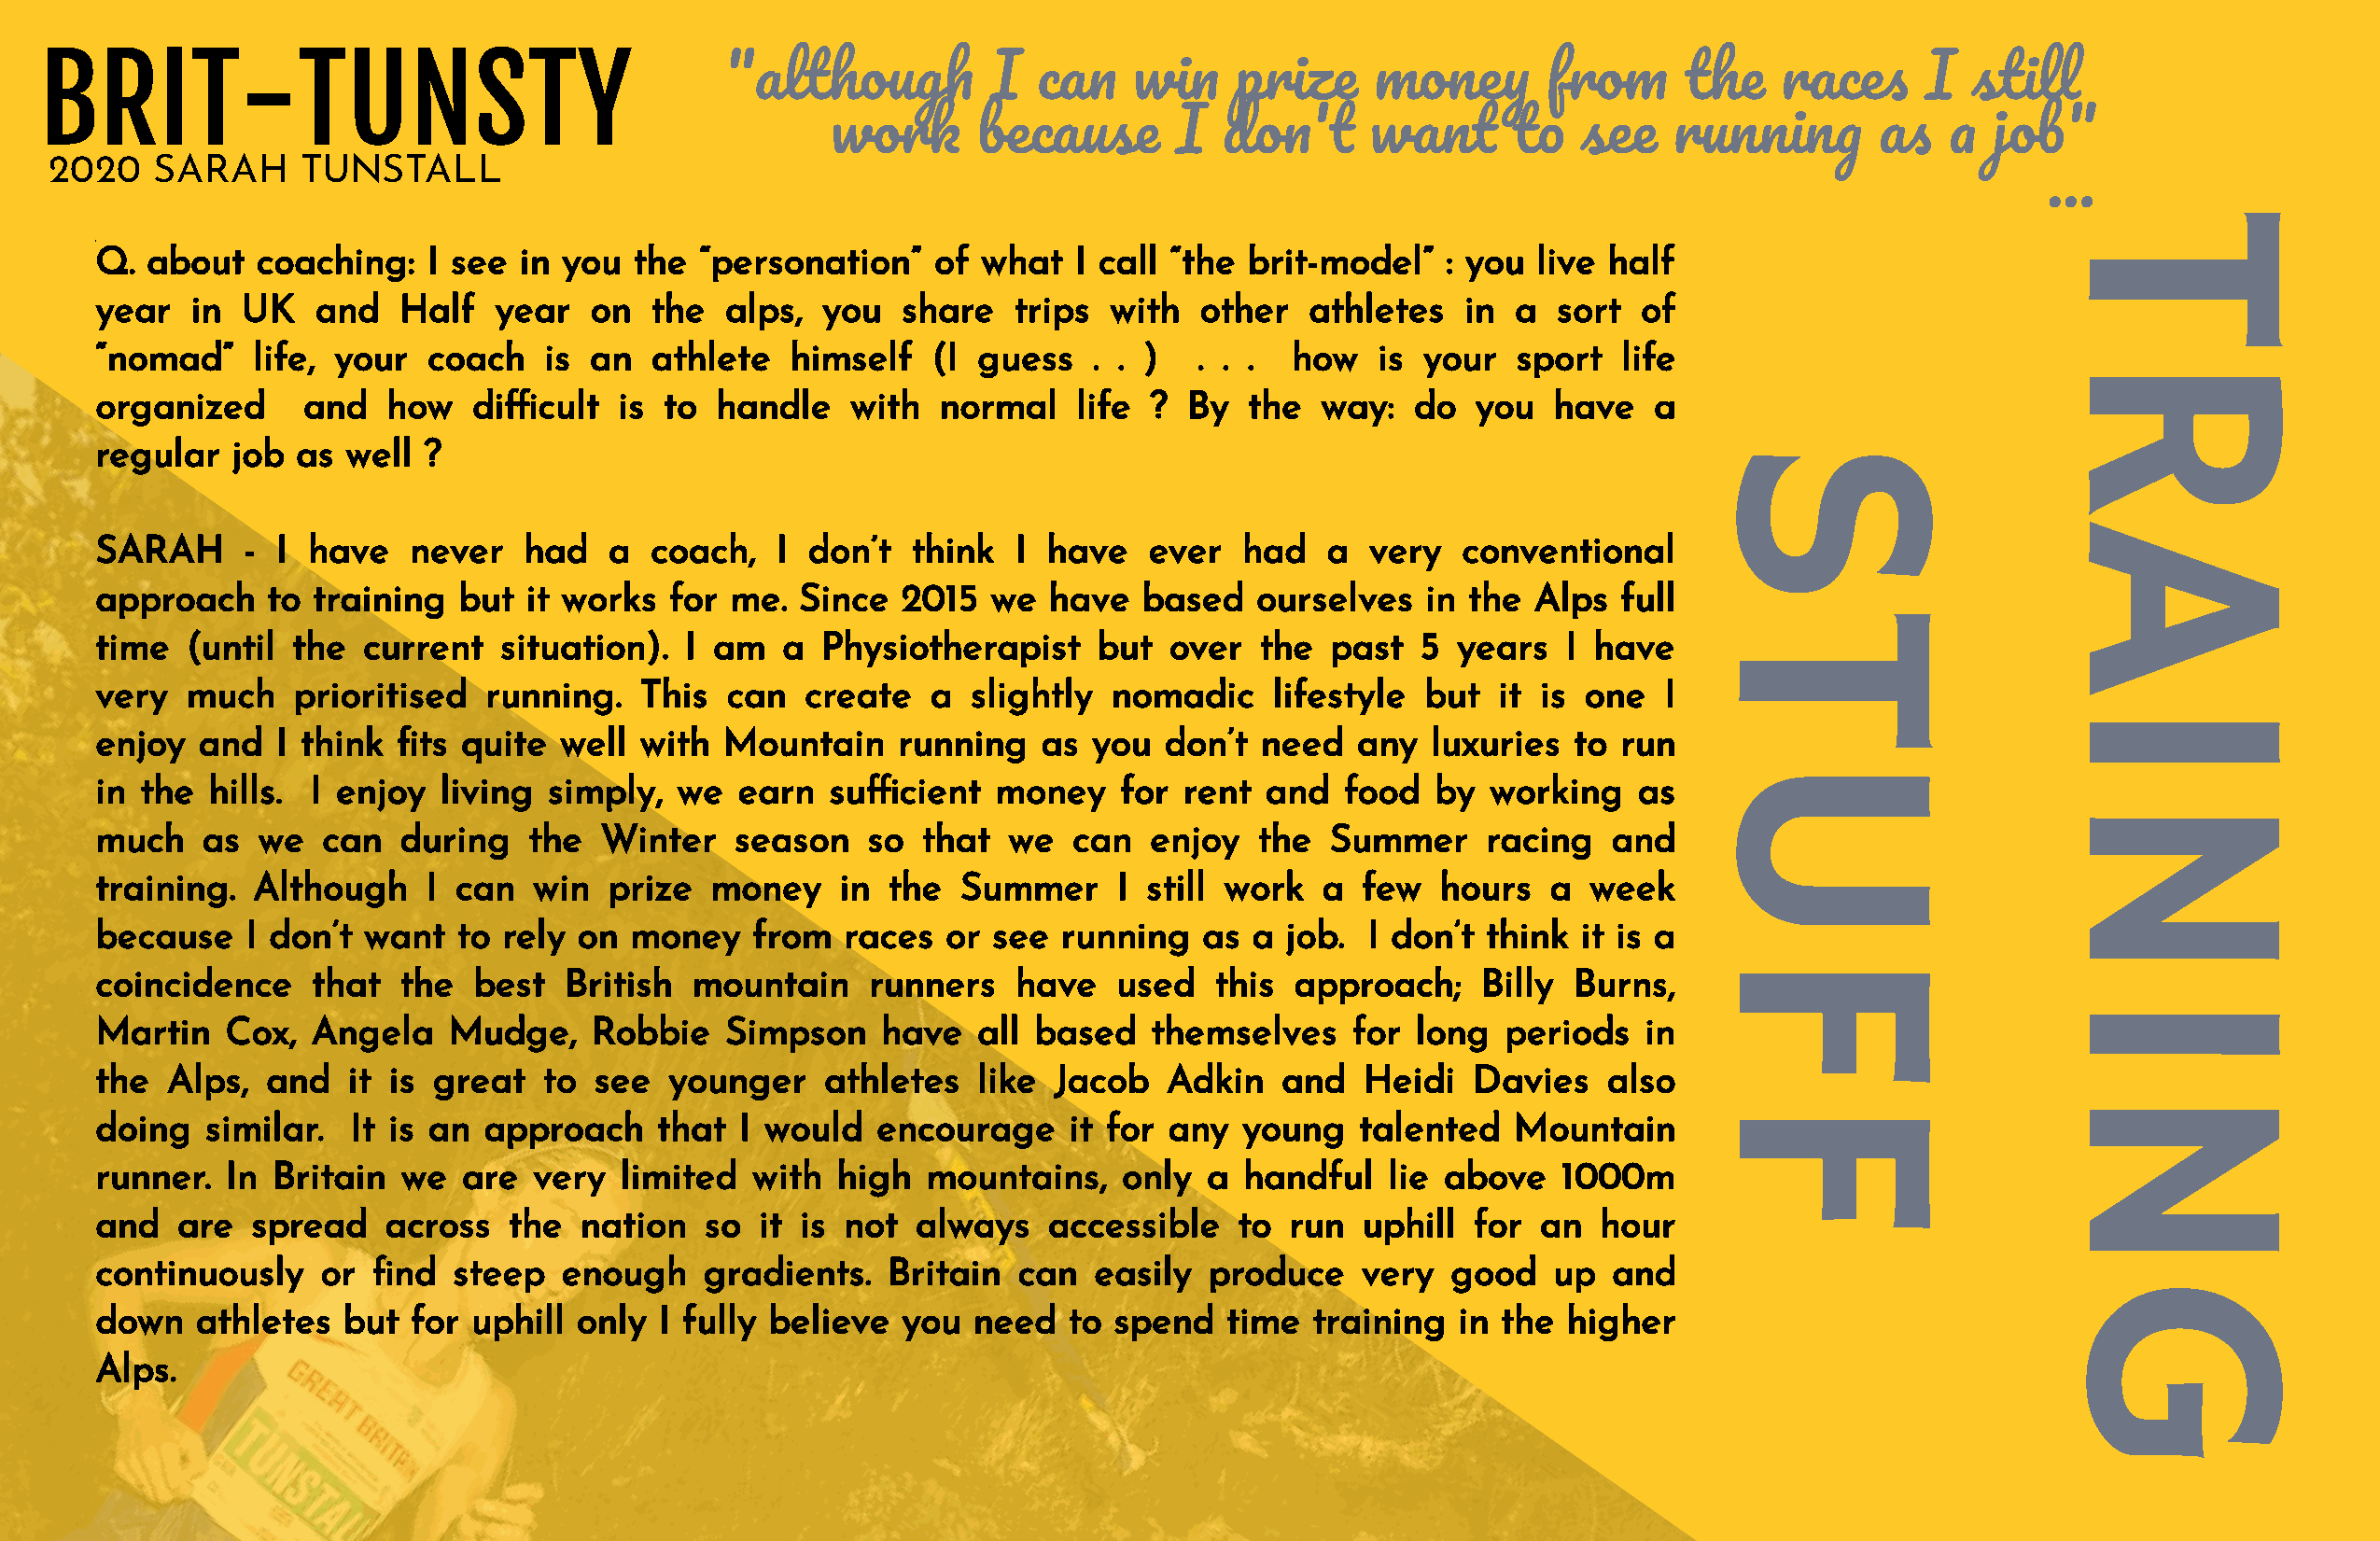
BRIT-TUNSTY
 "althoug          I   ca   wi     priz    mone        fro     th    race      I  stil
 wor      becaus       I   do'     wan      t   se    runnin       a     jo"
 2020    SARAH     TUNSTALL
 ...
 T
 Q. about   coaching:   I see  in you  the  “personation”   of  what  I call “the brit-model”    : you live half
 year  in  UK   and   Half   year   on  the  alps,  you   share   trips  with  other   athletes   in a  sort  of
 “nomad”    life, your  coach    is an  athlete   himself   (I guess   . . )   . . .  how   is your   sport  life
 R
 organized     and   how   dicult    is to  handle   with   normal   life  ? By  the   way:  do   you  have   a
 regular  job  as well  ?                                                                                     S
 A
 SARAH     -  I have   never   had   a  coach,   I don’t   think  I have   ever   had   a  very   conventional
 approach    to training  but  it works  for  me.  Since  2015  we  have   based   ourselves   in the  Alps  full
 T
 time  (until  the  current  situation).   I am  a  Physiotherapist     but  over  the  past   5 years   I have
 very  much    prioritised  running.   This  can   create   a  slightly  nomadic    lifestyle  but  it is one   I
 I
 enjoy  and   I think ts  quite  well with  Mountain     running   as you   don’t need   any  luxuries   to run
 U
 in the  hills. I enjoy  living  simply,  we  earn   sucient    money   for  rent  and  food   by  working   as
 N
 much   as  we   can  during   the   Winter   season   so  that  we   can   enjoy  the  Summer     racing   and
 training.  Although    I can   win  prize  money     in the  Summer     I still work   a  few  hours   a  week
 because   I don’t  want  to  rely on  money   from   races  or see  running   as  a job.  I don’t think  it is a
 F
 coincidence    that  the   best  British  mountain     runners   have   used   this  approach;    Billy  Burns,
 I
 Martin   Cox,  Angela    Mudge,    Robbie   Simpson    have   all based    themselves    for long   periods   in
 the  Alps,  and   it is great  to  see  younger    athletes   like  Jacob   Adkin   and   Heidi  Davies    also
 N
 F
 doing   similar.  It is an approach     that I would   encourage     it for any  young   talented   Mountain
 runner.  In Britain  we   are  very  limited  with  high   mountains,    only  a handful   lie above    1000m
 and   are  spread   across   the  nation   so  it is not  always   accessible    to run   uphill for  an  hour
 continuously    or nd   steep   enough    gradients.   Britain  can   easily  produce    very  good   up  and
 G
 down   athletes  but  for uphill  only  I fully believe  you  need   to spend   time  training  in the  higher
 Alps.